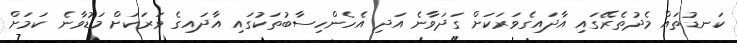
ކަނޑުތައް މެދުތެރޭގައިި އާދައިގެވަރަކަށް ގަދަވާނެ އަދި އެހެންހިސާބުތަކުގައި އާދައިގެ ވަރަކަށް މަޑުވާނެ ކަމަށް